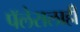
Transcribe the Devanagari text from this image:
पॅलेसलाही